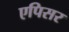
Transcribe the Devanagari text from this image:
एपिसर